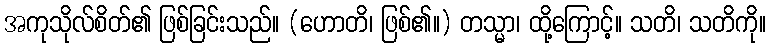
အကုသိုလ်စိတ်၏ ဖြစ်ခြင်းသည်။ (ဟောတိ၊ ဖြစ်၏။) တသ္မာ၊ ထို့ကြောင့်။ သတိ၊ သတိကို။